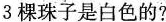
3棵珠子是白色的?